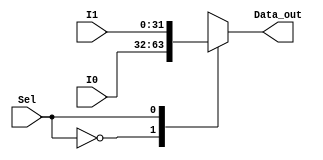
module mux2to1
#(
	parameter DW = 32
)(
	input [DW-1:0] I1, I0,
	input Sel,
	output [DW-1:0] Data_out
); 
//PARTE DECLARATORIA: Nets y variables
    wire [DW-1:0] I [1:0]; 
//PARTE OPERATORIA
    assign I[0]=I0;
    assign I[1]=I1;
    assign Data_out =I[Sel];
	 
endmodule